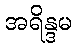
အရိန္ဒမ